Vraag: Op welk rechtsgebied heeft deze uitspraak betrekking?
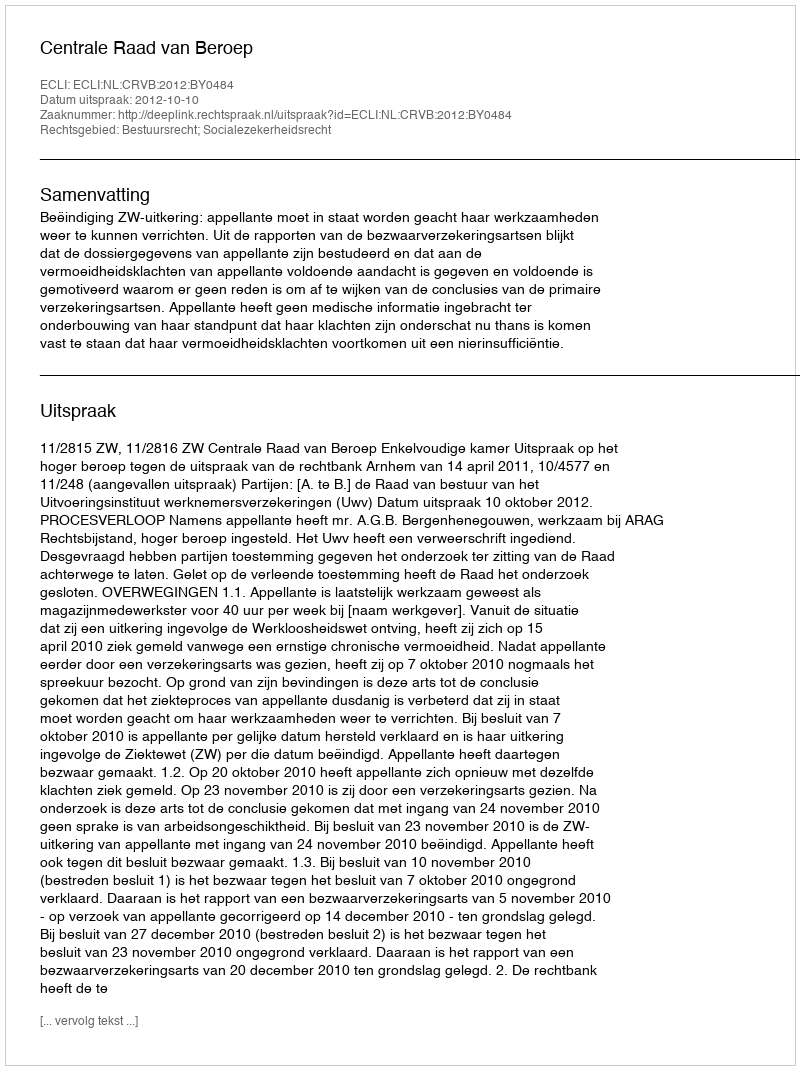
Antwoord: Bestuursrecht; Socialezekerheidsrecht